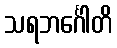
သရဘင်္ဂေါတိ